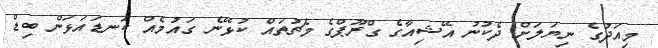
މިއަދުގެ ނިޔަލަށް ދެކުނު އޭޝިއާގެ ގްރޫޕްގެ މެޗުތައް ކުޅޭނެ ގައުމެއް ކަނޑައަޅަން ބިޑް